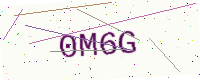
Text: 0M6G